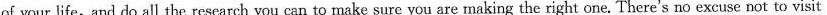
of your life,and do all the research you can to make sure you are making the right one. There's no excuse not to visit